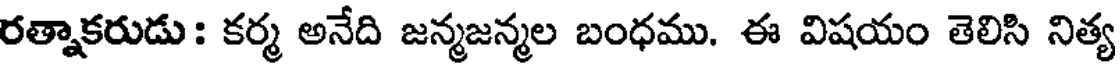
రత్నాకరుడు: కర్మ అనేది జన్మజన్మల బంధము. ఈ విషయం తెలిసి నిత్య